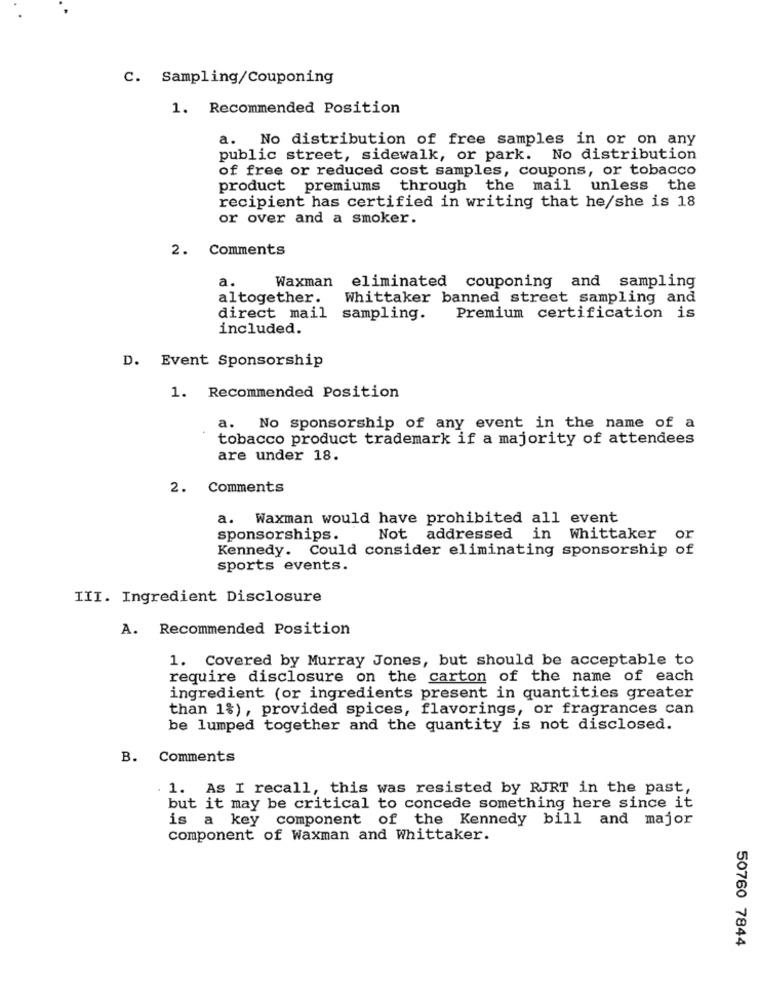
C. Sampling/Couponing
1. Recommended Position
a. No distribution of free samples in or on any
public street, sidewalk, or park. No distribution
of free or reduced cost samples, coupons, or tobacco
product premiums through the mail unless the
recipient has certified in writing that he/she is 18
or over and a smoker.
2. Comments
a.
Waxman eliminated couponing and sampling
altogether.
Whittaker banned street sampling and
direct mail
sampling.
Premium certification is
included.
D. Event Sponsorship
1. Recommended Position
a.
No sponsorship of any event in the name of a
tobacco product trademark if a majority of attendees
are under 18.
2. Comments
a. Waxman would have prohibited all event
sponsorships.
Not addressed in Whittaker or
Kennedy. Could consider eliminating sponsorship of
sports events.
III. Ingredient Disclosure
A. Recommended Position
1. Covered by Murray Jones, but should be acceptable to
require disclosure on the carton of the name of each
ingredient (or ingredients present in quantities greater
than 1%), provided spices, flavorings, or fragrances can
be lumped together and the quantity is not disclosed.
B. Comments
. 1. As I recall, this was resisted by RJRT in the past,
but it may be critical to concede something here since it
is a key component of the Kennedy bill and major
component of Waxman and Whittaker.
50760 7844